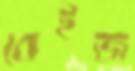
বেইজ